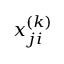
x _ { j i } ^ { ( k ) }